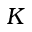
K